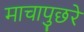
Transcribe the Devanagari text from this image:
माचापुछरे